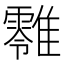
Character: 𩁎